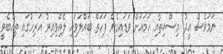
ނަމަވެސް ޢީދު މިސްކިތާއި ހަމައަށް ވަޑައިގެން ފަހަތް ބައްލަވައި ލެއްވިއިރު އަރިހުގައި ތިއްބެވީ